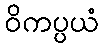
ဝိကပ္ပယံ